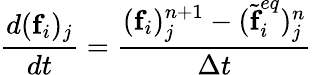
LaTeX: \frac{d(\textbf{f}_{i})_{j}}{dt}=\frac{(\textbf{f}_{i})_{j}^{n+1}-(\widetilde{\textbf{f}}_{i}^{eq})_{j}^{n}}{\Delta t}